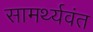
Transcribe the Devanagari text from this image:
सामर्थ्यवंत